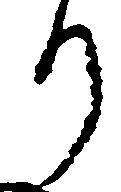
り